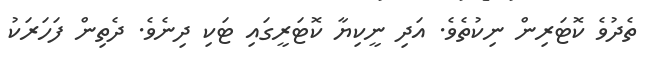
ތެދުވެ ކޮޓަރިން ނިކުތެވެ. އަދި ނީކިޔާ ކޮޓަރީގައި ޓަކި ދިނެވެ. ދެތިން ފަހަރަކު